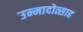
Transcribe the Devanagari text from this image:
उन्मादोत्साह